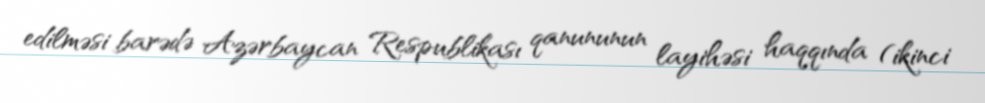
edilməsi barədə Azərbaycan Respublikası qanununun layihəsi haqqında (ikinci